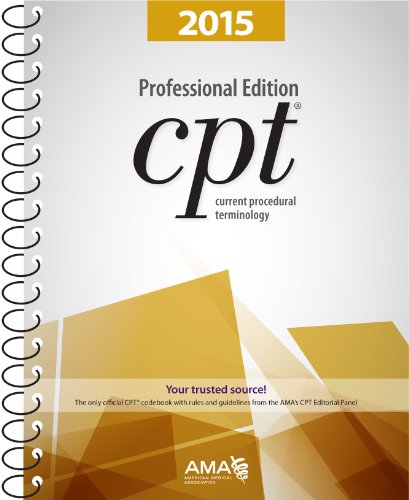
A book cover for CPT Professional Edition: Current Procedural Terminology (Current Procedural Terminology, Professional Ed. (Spiral)); Medical Books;